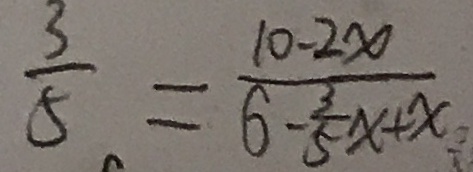
\frac { 3 } { 5 } = \frac { 1 0 - 2 x } { 6 - \frac { 3 } { 5 } x + x }